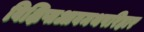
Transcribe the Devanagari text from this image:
विक्षिप्तआवमथपरिहार